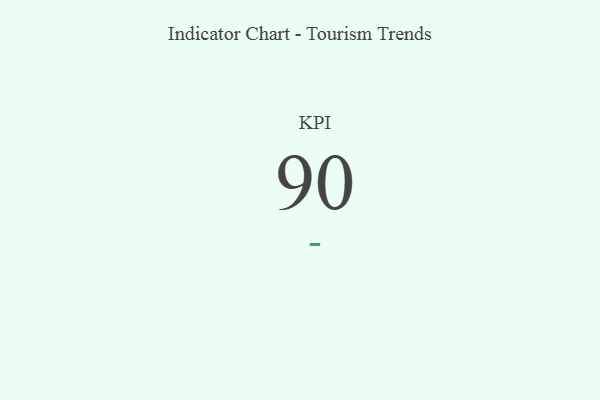
{"axis": {"x": "KPI", "y": "Value"}, "legend": [""], "data": [{"x": "KPI", "y": 90, "type": ""}]}